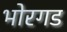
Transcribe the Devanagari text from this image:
भोरगड